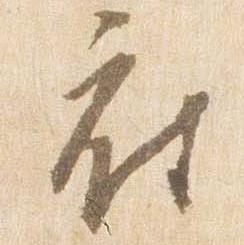
府